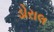
ડોરાલ